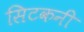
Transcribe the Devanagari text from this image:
सिटकनी